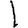
Digit: 1